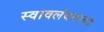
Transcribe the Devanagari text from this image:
स्वावलंबनाचा